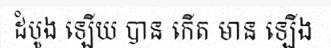
ដំបូង ឡើយ បាន កើត មាន ឡើង